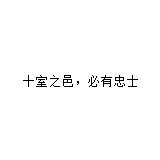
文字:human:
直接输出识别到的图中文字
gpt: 十室之邑，必有忠士